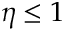
\eta \leq 1